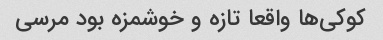
کوکی‌ها واقعا تازه و خوشمزه بود مرسی